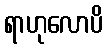
ရာဟုလောပိ